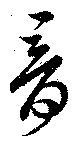
音